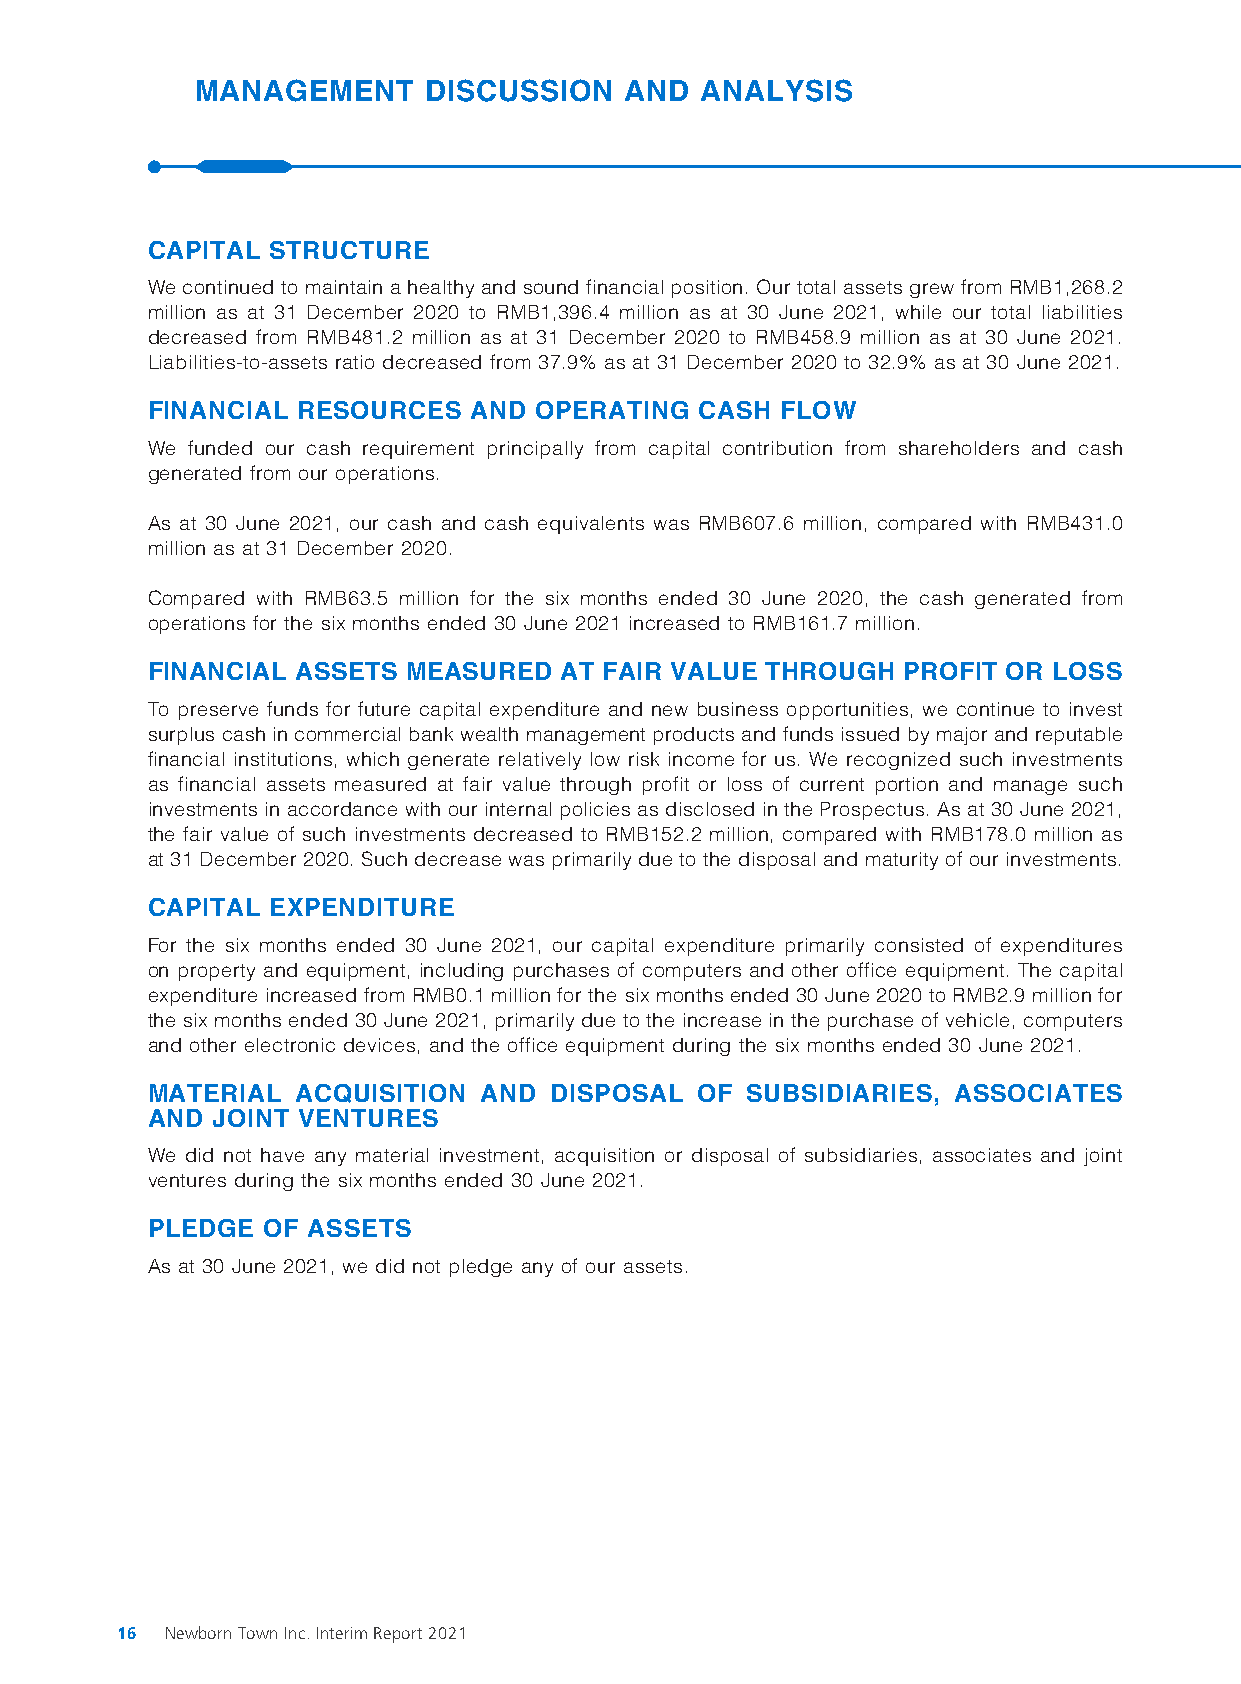
MANAGEMENT     DISCUSSION   AND  ANALYSIS
 CAPITAL STRUCTURE
 We continued to maintain a healthy and sound financial position. Our total assets grew from RMB1,268.2
 million as at 31 December 2020 to RMB1,396.4 million as at 30 June 2021, while our total liabilities
 decreased from RMB481.2 million as at 31 December 2020 to RMB458.9 million as at 30 June 2021.
 Liabilities-to-assets ratio decreased from 37.9% as at 31 December 2020 to 32.9% as at 30 June 2021.
 FINANCIAL RESOURCES  AND OPERATING  CASH  FLOW
 We funded our cash requirement principally from capital contribution from shareholders and cash
 generated from our operations.
 As at 30 June 2021, our cash and cash equivalents was RMB607.6 million, compared with RMB431.0
 million as at 31 December 2020.
 Compared with RMB63.5 million for the six months ended 30 June 2020, the cash generated from
 operations for the six months ended 30 June 2021 increased to RMB161.7 million.
 FINANCIAL ASSETS MEASURED  AT FAIR VALUE THROUGH  PROFIT OR LOSS
 To preserve funds for future capital expenditure and new business opportunities, we continue to invest
 surplus cash in commercial bank wealth management products and funds issued by major and reputable
 financial institutions, which generate relatively low risk income for us. We recognized such investments
 as financial assets measured at fair value through profit or loss of current portion and manage such
 investments in accordance with our internal policies as disclosed in the Prospectus. As at 30 June 2021,
 the fair value of such investments decreased to RMB152.2 million, compared with RMB178.0 million as
 at 31 December 2020. Such decrease was primarily due to the disposal and maturity of our investments.
 CAPITAL EXPENDITURE
 For the six months ended 30 June 2021, our capital expenditure primarily consisted of expenditures
 on property and equipment, including purchases of computers and other office equipment. The capital
 expenditure increased from RMB0.1 million for the six months ended 30 June 2020 to RMB2.9 million for
 the six months ended 30 June 2021, primarily due to the increase in the purchase of vehicle, computers
 and other electronic devices, and the office equipment during the six months ended 30 June 2021.
 MATERIAL  ACQUISITION AND DISPOSAL  OF SUBSIDIARIES, ASSOCIATES
 AND JOINT VENTURES
 We did not have any material investment, acquisition or disposal of subsidiaries, associates and joint
 ventures during the six months ended 30 June 2021.
 PLEDGE OF ASSETS
 As at 30 June 2021, we did not pledge any of our assets.
 16 Newborn Town Inc. Interim Report 2021